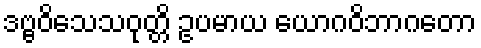
ဒဗ္ဗဝိသေသဝုတ္တိ ဥပမာယ ယောဂဝိဘာဂတော